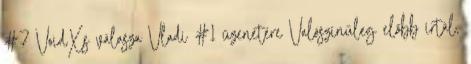
#7 VoidXs válasza Vladi #1 üzenetére Valószínűleg előbb írtál,